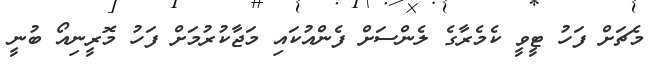
މެޗަށް ފަހު ޓީވީ ކެމެރާގެ ލެންސަށް ފެންއުކައި މަޖާކުރުމަށް ފަހު މޮރީނިއޯ ބުނީ